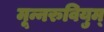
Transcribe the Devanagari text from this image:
मून्नरुवियुम्